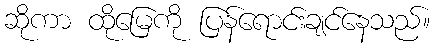
ဆိုကာ ထိုမြေကို ပြန်ရောင်းချင်နေသည်။